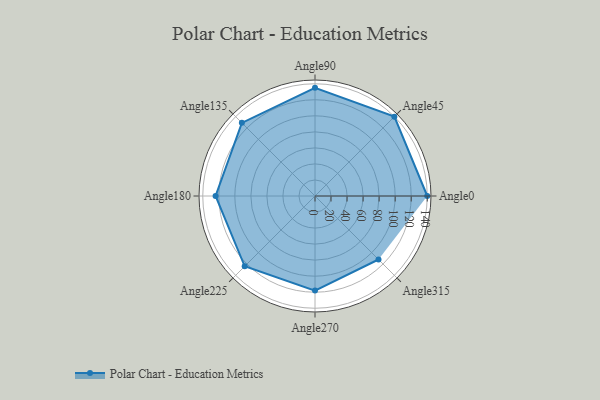
{"axis": {"x": "Angle", "y": "Radius"}, "legend": [""], "data": [{"x": "Angle0", "y": 140.0, "type": ""}, {"x": "Angle45", "y": 140.0, "type": ""}, {"x": "Angle90", "y": 135.0, "type": ""}, {"x": "Angle135", "y": 129.0, "type": ""}, {"x": "Angle180", "y": 124.0, "type": ""}, {"x": "Angle225", "y": 124.0, "type": ""}, {"x": "Angle270", "y": 118.0, "type": ""}, {"x": "Angle315", "y": 112.0, "type": ""}]}